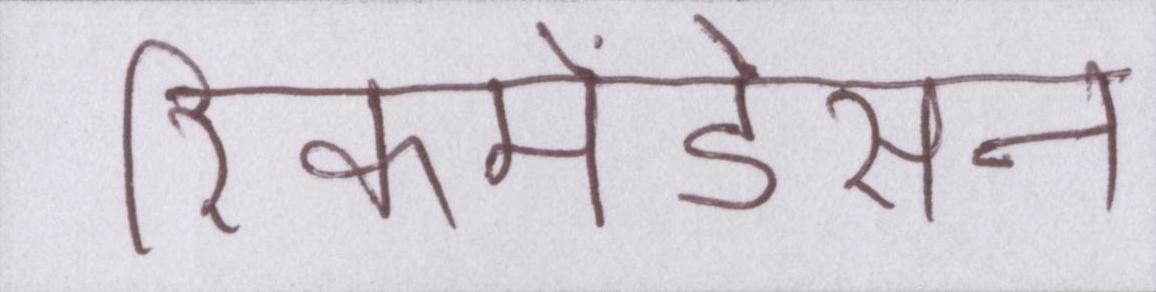
रिकमेंडेसन